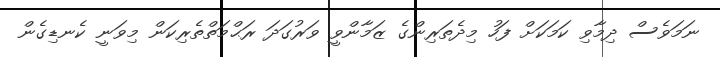
ނަމަވެސް ދިމާވި ކަމަކަށް ފަހު މިދެތަރިންގެ ޒަމާންވީ ވަރުގަދަ ރަޙްމަތްތެރިކަން މިވަނީ ކެނޑިގެން